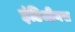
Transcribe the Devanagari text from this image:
इंडिजीनस